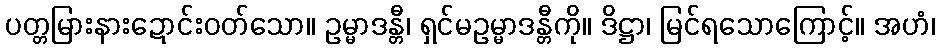
ပတ္တမြားနားဍောင်းဝတ်သော။ ဥမ္မာဒန္တီ၊ ရှင်မဥမ္မာဒန္တီကို။ ဒိဋ္ဌာ၊ မြင်ရသောကြောင့်။ အဟံ၊